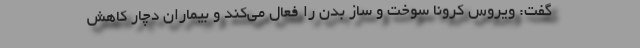
گفت: ویروس کرونا سوخت و ساز بدن را فعال می‌کند و بیماران دچار کاهش